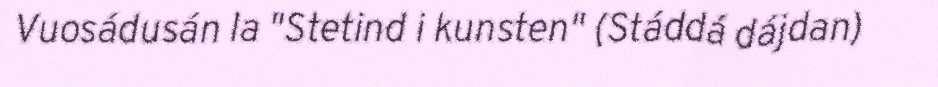
Vuosádusán la "Stetind i kunsten" (Stáddá dájdan)